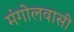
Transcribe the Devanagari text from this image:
मंगोलवासी